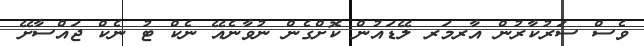
ވެސް ސަރުކާރުން އާރމަރ ލޭޑައުން ކޮށްގެން ނުވާނެއޭ ނެކް ޓު ނެކް ޖައްސާށޭ